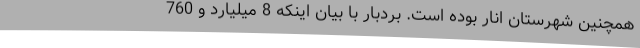
همچنین شهرستان انار بوده است. بردبار با بیان اینکه 8 میلیارد و 760